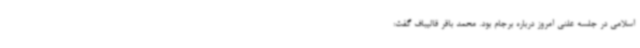
اسلامی در جلسه علنی امروز درباره برجام بود. محمد باقر قالیباف گفت: